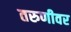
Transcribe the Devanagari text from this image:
तरुणीवर